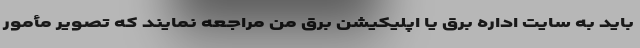
باید به سایت اداره برق یا اپلیکیشن برق من مراجعه نمایند که تصویر مأمور